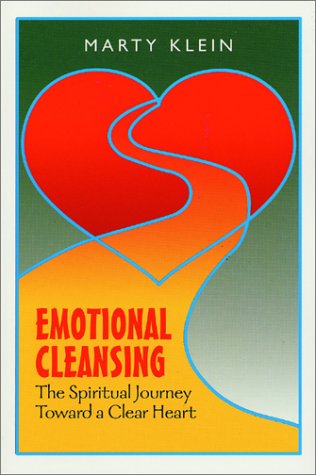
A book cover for Emotional Cleansing: The Spiritual Journey Toward a Clear Heart; Marty Klein; Health, Fitness & Dieting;